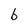
Character: b